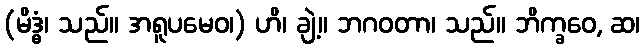
(မိဒ္ဓံ၊ သည်။ အရူပမေဝ၊) ဟိ၊ ချဲ့။ ဘဂဝတာ၊ သည်။ ဘိက္ခဝေ, ဆ၊